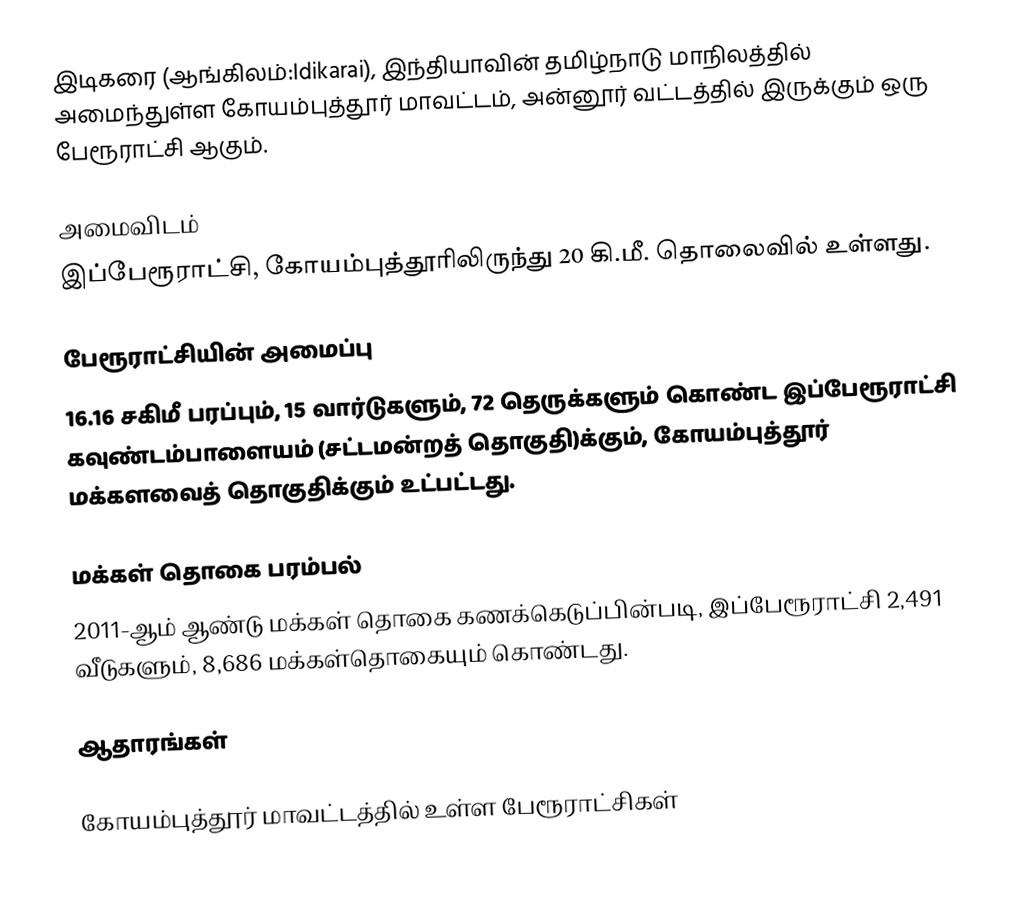
இடிகரை (ஆங்கிலம்:Idikarai), இந்தியாவின் தமிழ்நாடு மாநிலத்தில் அமைந்துள்ள கோயம்புத்தூர் மாவட்டம், அன்னூர் வட்டத்தில் இருக்கும் ஒரு பேரூராட்சி ஆகும்.

அமைவிடம்
இப்பேரூராட்சி, கோயம்புத்தூரிலிருந்து 20 கி.மீ. தொலைவில் உள்ளது.

பேரூராட்சியின் அமைப்பு
16.16 சகிமீ பரப்பும், 15 வார்டுகளும், 72 தெருக்களும்  கொண்ட இப்பேரூராட்சி  கவுண்டம்பாளையம்  (சட்டமன்றத் தொகுதி)க்கும், கோயம்புத்தூர் மக்களவைத் தொகுதிக்கும் உட்பட்டது.

மக்கள் தொகை பரம்பல்
2011-ஆம் ஆண்டு மக்கள் தொகை கணக்கெடுப்பின்படி,  இப்பேரூராட்சி 2,491 வீடுகளும்,  8,686 மக்கள்தொகையும் கொண்டது.

ஆதாரங்கள்

கோயம்புத்தூர் மாவட்டத்தில் உள்ள பேரூராட்சிகள்